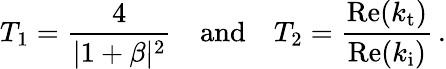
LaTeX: T_{1}=\frac{4}{|1+\beta|^{2}}\quad\mathrm{and}\quad T_{2}=\frac{\mathrm{Re}(k_{\mathrm{t}})}{\mathrm{Re}(k_{\mathrm{i}})}\, .